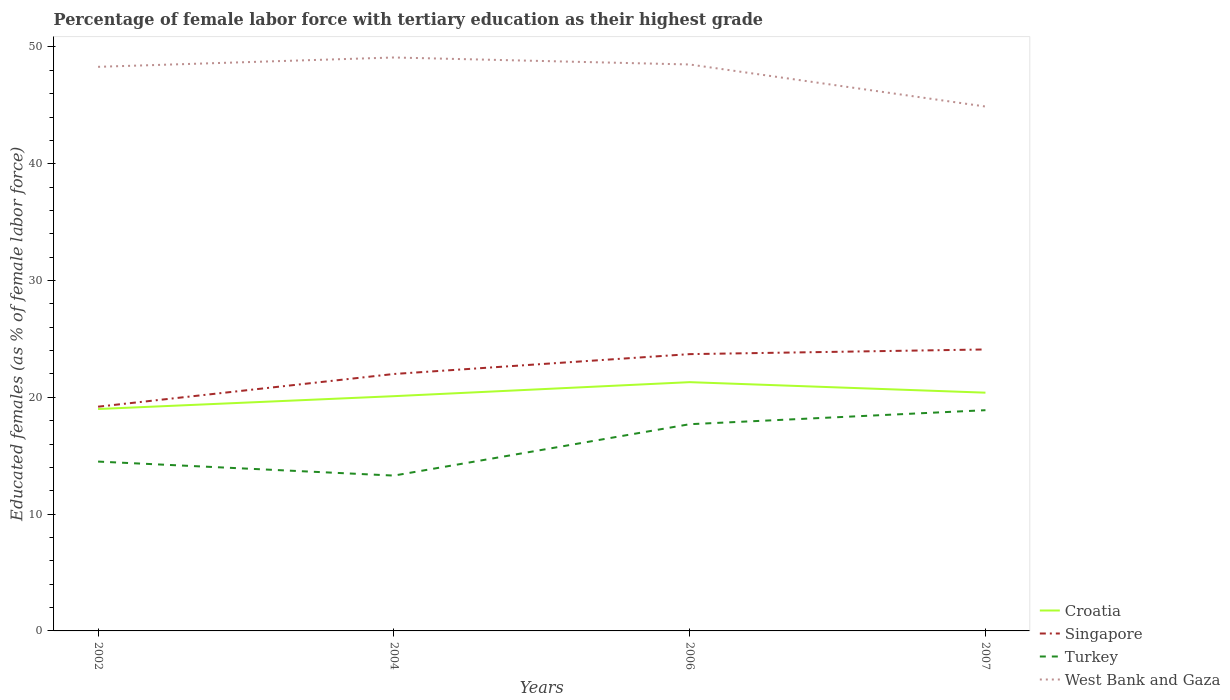
| Years | Croatia | Singapore | Turkey | West Bank and Gaza |
 | --- | --- | --- | --- | --- |
 | 2002 | 19 | 19.2 | 14.5 | 48.3 |
 | 2004 | 20.1 | 22 | 13.3 | 49.1 |
 | 2006 | 21.3 | 23.7 | 17.7 | 48.5 |
 | 2007 | 20.4 | 24.1 | 18.9 | 44.9 |